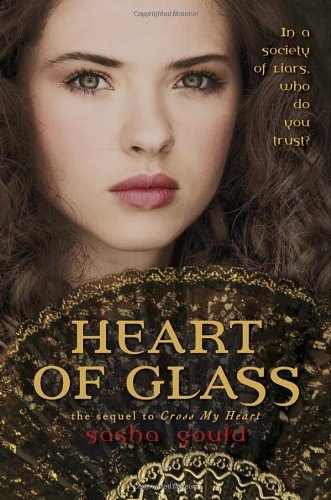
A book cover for Heart of Glass; Sasha Gould; Teen & Young Adult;